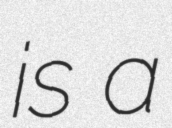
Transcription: is a